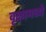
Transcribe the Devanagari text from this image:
वृक्षामध्ये